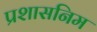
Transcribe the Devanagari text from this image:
प्रशासनिम